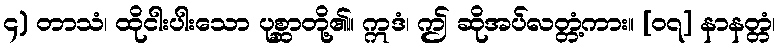
၄) တာသံ၊ ထိုငါးပါးသော ပုစ္ဆာတို့၏။ ဣဒံ၊ ဤ ဆိုအပ်လတ္တံ့ကား။ [၀၇] နာနတ္တံ၊